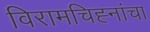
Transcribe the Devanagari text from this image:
विरामचिह्नांचा